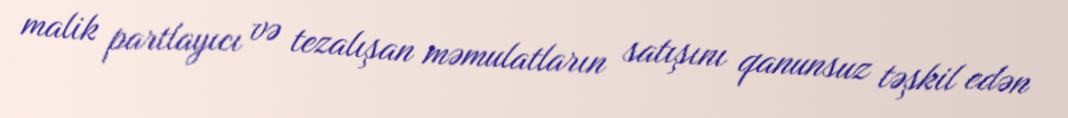
malik partlayıcı və tezalışan məmulatların satışını qanunsuz təşkil edən